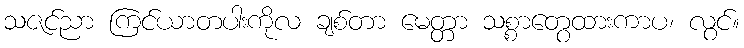
သဇင်ညာ ကြင်ယာတပါးကိုလ ချစ်တာ မေတ္တာ သစ္စာတွေထားကာပ၊ လွင်။